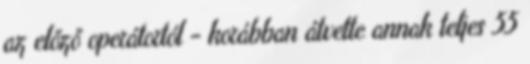
az előző operátortól - korábban átvette annak teljes 55